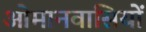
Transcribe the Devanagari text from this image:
ओमानवासियों